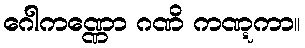
ဂေါကဏ္ဏော ဂဏိ ကဏ္ဋကာ။